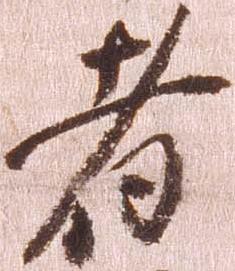
者